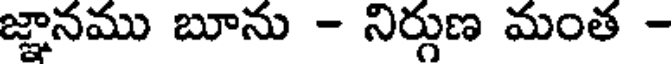
జ్ఞానము బూను - నిర్గుణ మంత -